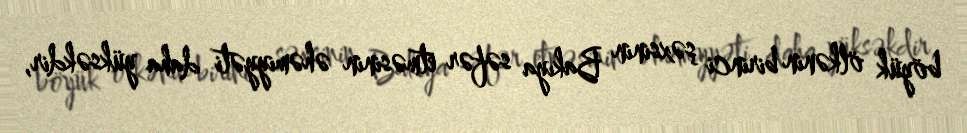
böyük ölkənin birinci şəxsinin Bakıya səfər etməsinin əhəmiyyəti daha yüksəkdir,